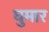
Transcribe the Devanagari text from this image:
घुमार